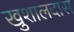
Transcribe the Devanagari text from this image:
खुशालदास